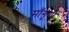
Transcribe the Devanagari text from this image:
माँगूगी